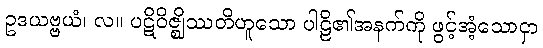
ဥဒယဗ္ဗယံ၊ လ။ ပဋိဝိဇ္ဈိဿတိဟူသော ပါဠိ၏အနက်ကို ဖွင့်အံ့သောငှာ